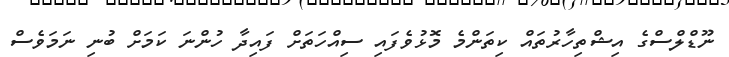
ނޫޑްލްސްގެ އިޝްތިހާރުތައް ކިތަންމެ މޮޅުވެފައި ސިއްހަތަށް ފައިދާ ހުންނަ ކަމަށް ބުނި ނަމަވެސް